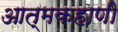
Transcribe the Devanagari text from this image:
आत्मकहाणी